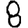
Digit: 8